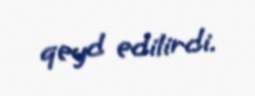
qeyd edilirdi.